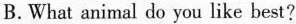
B.What animal do you like best?